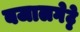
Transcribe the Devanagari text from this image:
बजालगेट्टे